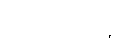
အရာများဖြင့်